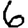
Digit: 6